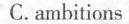
C. ambitions